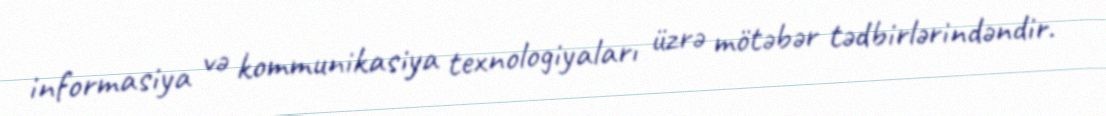
informasiya və kommunikasiya texnologiyaları üzrə mötəbər tədbirlərindəndir.